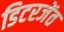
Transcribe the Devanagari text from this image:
डिटरजेंत